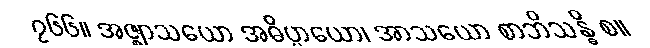
၇၆၆။ အဇ္ဈာသယော အဓိပ္ပာယော၊ အာသယော စာဘိသန္ဓိ စ။